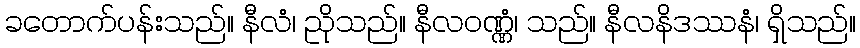
ခတောက်ပန်းသည်။ နီလံ၊ ညိုသည်။ နီလဝဏ္ဏံ၊ သည်။ နီလနိဒဿနံ၊ ရှိသည်။